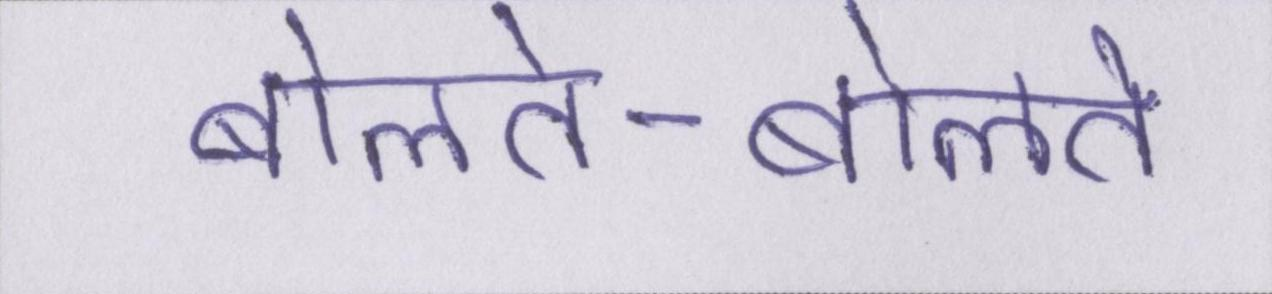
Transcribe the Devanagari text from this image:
बोलते-बोलते